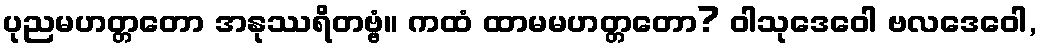
ပုညမဟတ္တတော အနုဿရိတဗ္ဗံ။ ကထံ ထာမမဟတ္တတော? ဝါသုဒေဝေါ ဗလဒေဝေါ,